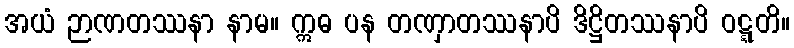
အယံ ဉာဏတဿနာ နာမ။ ဣဓ ပန တဏှာတဿနာပိ ဒိဋ္ဌိတဿနာပိ ဝဋ္ဋတိ။